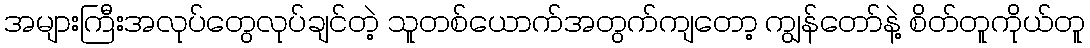
အများကြီးအလုပ်တွေလုပ်ချင်တဲ့ သူတစ်ယောက်အတွက်ကျတော့ ကျွန်တော်နဲ့ စိတ်တူကိုယ်တူ